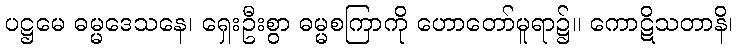
ပဋ္ဌမေ ဓမ္မဒေသနေ၊ ရှေးဦးစွာ ဓမ္မစကြာကို ဟောတော်မူရာ၌။ ကောဋိသတာနိ၊